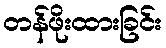
တန်ဖိုးထားခြင်း